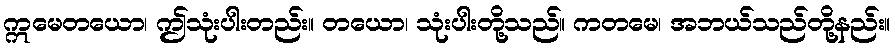
ဣမေတယော၊ ဤသုံးပါးတည်း။ တယော၊ သုံးပါးတို့သည်။ ကတမေ၊ အဘယ်သည်တို့နည်း။